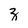
Character: z